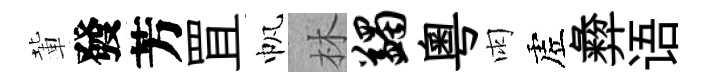
輩發芳罝帆林蠲粵雨虗彜语